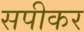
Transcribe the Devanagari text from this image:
सपीकर